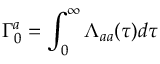
\Gamma _ { 0 } ^ { a } = \int _ { 0 } ^ { \infty } \Lambda _ { a a } ( \tau ) d \tau